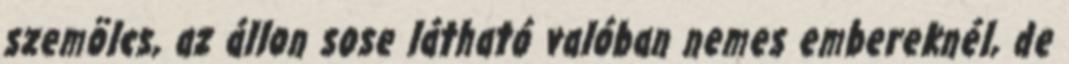
szemölcs, az állon sose látható valóban nemes embereknél, de